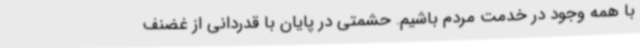
با همه وجود در خدمت مردم باشیم. حشمتی در پایان با قدردانی از غضنف